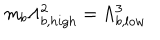
LaTeX: m _ { b } \Lambda _ { b , h i g h } ^ { 2 } = \Lambda _ { b , l o w } ^ { 3 }